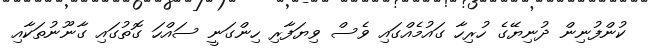
ކުންފުނިން ދުނިޔޭގެ ހުރިހާ ގައުމެއްގައި ވެސް ވިޔަފާރި ހިންގަނީ ސައްހަ ގޮތުގައި ގާނޫނުތަކާއި